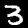
Label: 3